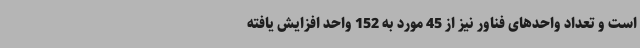
است و تعداد واحدهای فناور نیز از 45 مورد به 152 واحد افزایش یافته